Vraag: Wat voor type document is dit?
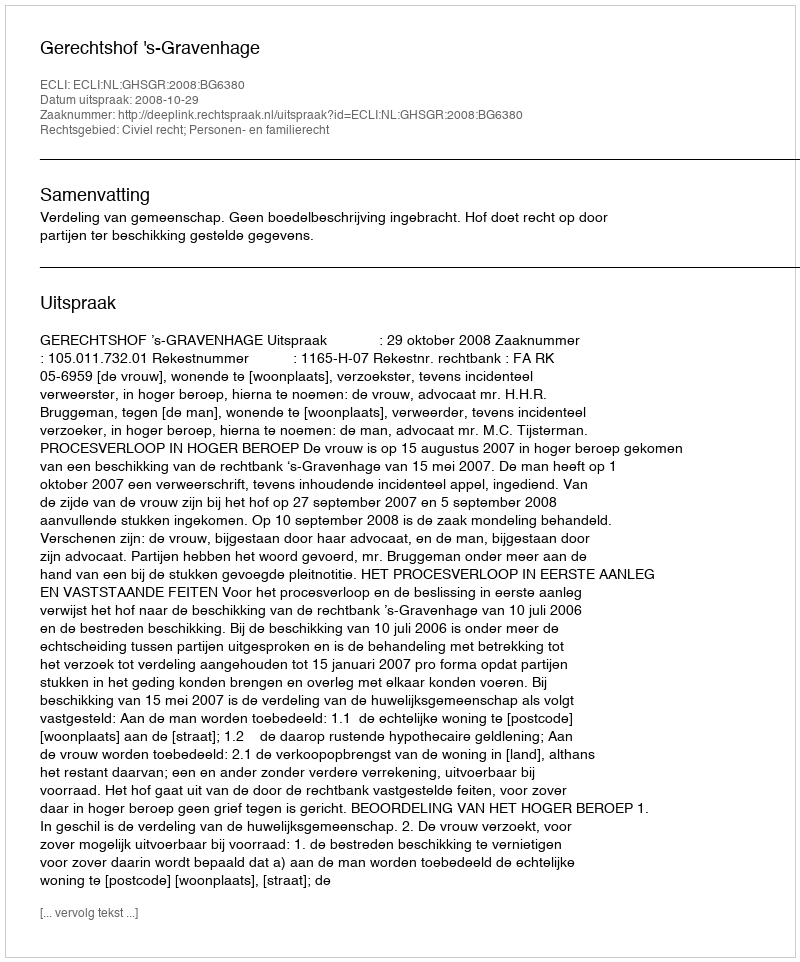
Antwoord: Uitspraak